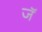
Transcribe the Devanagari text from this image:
जॅ